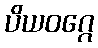
ပိယဝဂ္ဂေ